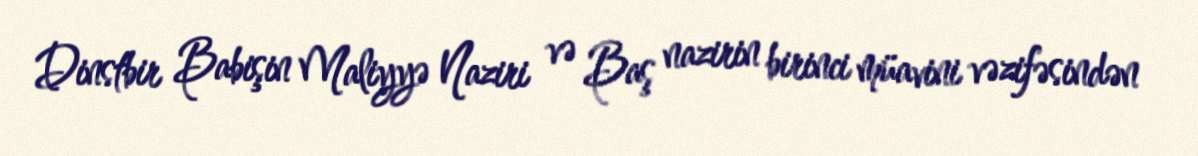
Dinstbir Babişin Maliyyə Naziri və Baş nazirin birinci müavini vəzifəsindən